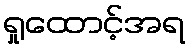
ရှုထောင့်အရ